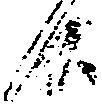
候